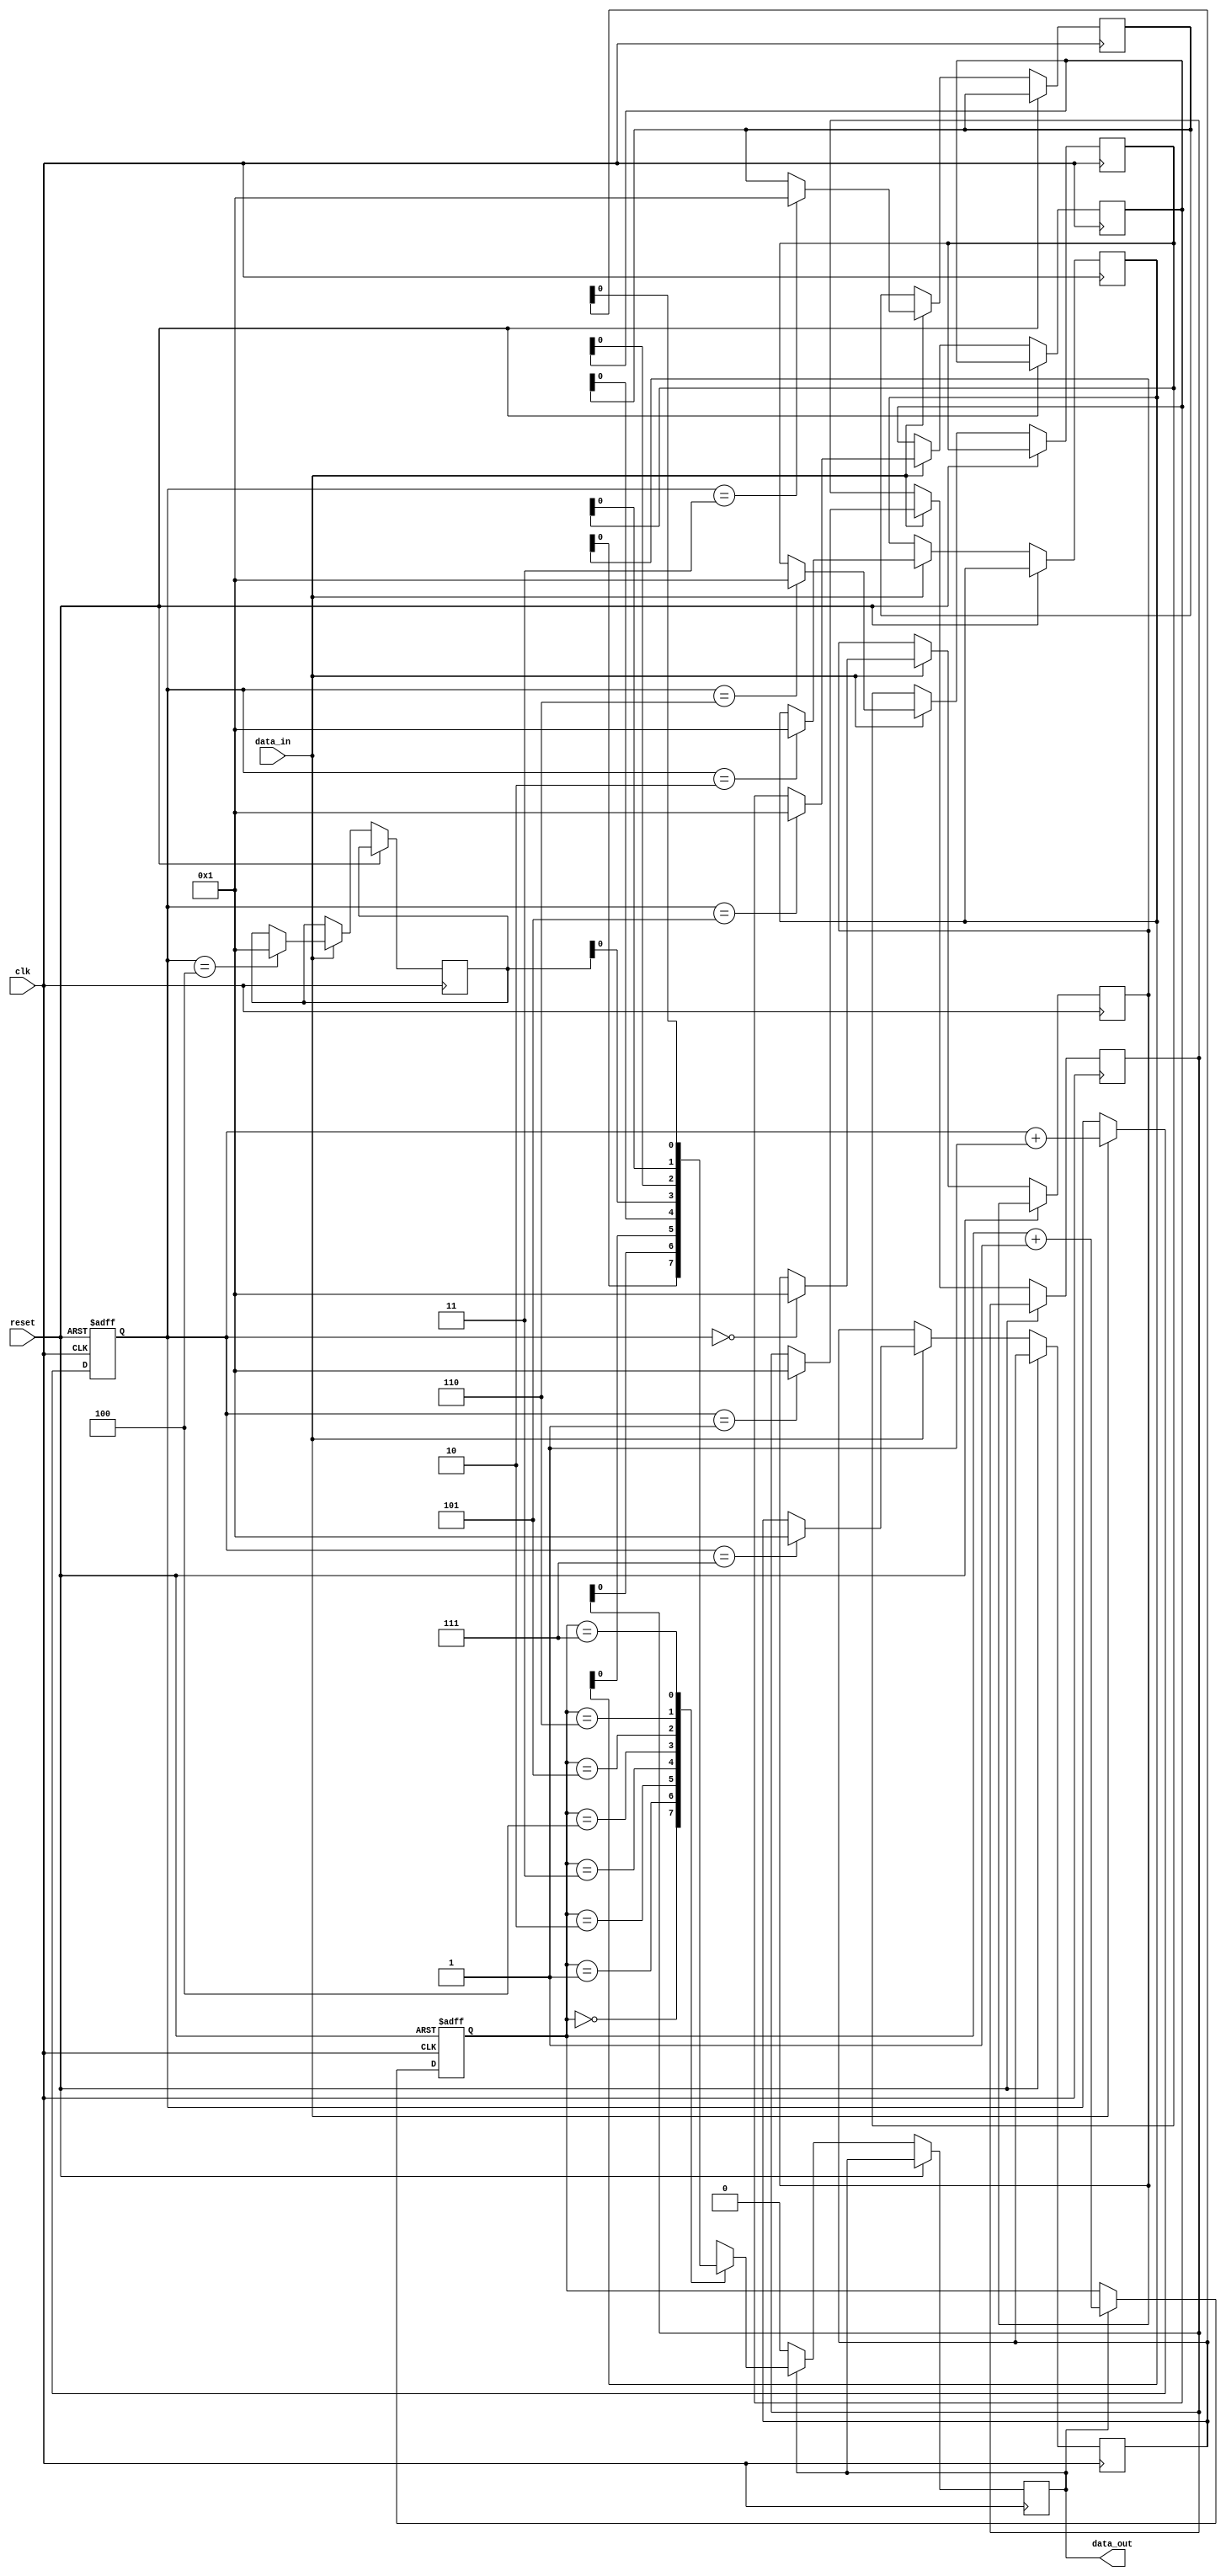
module FIFO_Buffer(
    input wire clk,
    input wire reset,
    input wire data_in,
    output reg data_out
);

//Parameters to define the size of the FIFO Buffer
parameter BUFFER_SIZE = 8;
parameter MEM_DEPTH = $clog2(BUFFER_SIZE);

//Internal signals for managing FIFO Buffer
reg [7:0] memory [0:BUFFER_SIZE-1];
reg [MEM_DEPTH-1:0] read_ptr, write_ptr;

//Logic for managing data movement within the buffer
always @(posedge clk or posedge reset) begin
    if (reset) begin
        read_ptr <= 0;
        write_ptr <= 0;
    end
    else begin
        if (data_in) begin
            memory[write_ptr] <= data_in;
            write_ptr <= write_ptr + 1;
            if (write_ptr == BUFFER_SIZE) begin
                write_ptr <= 0;
            end
        end
        
        if (data_out) begin
            data_out <= memory[read_ptr];
            read_ptr <= read_ptr + 1;
            if (read_ptr == BUFFER_SIZE) begin
                read_ptr <= 0;
            end
        end
    end
end

endmodule